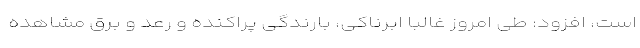
است، افزود: طی امروز غالبا ابرناکی، بارندگی پراکنده و رعد و برق مشاهده